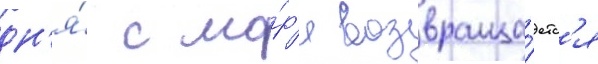
дн'я́ с мо́р'я возвраща́етс'я